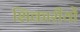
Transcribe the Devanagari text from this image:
शिकारीयों